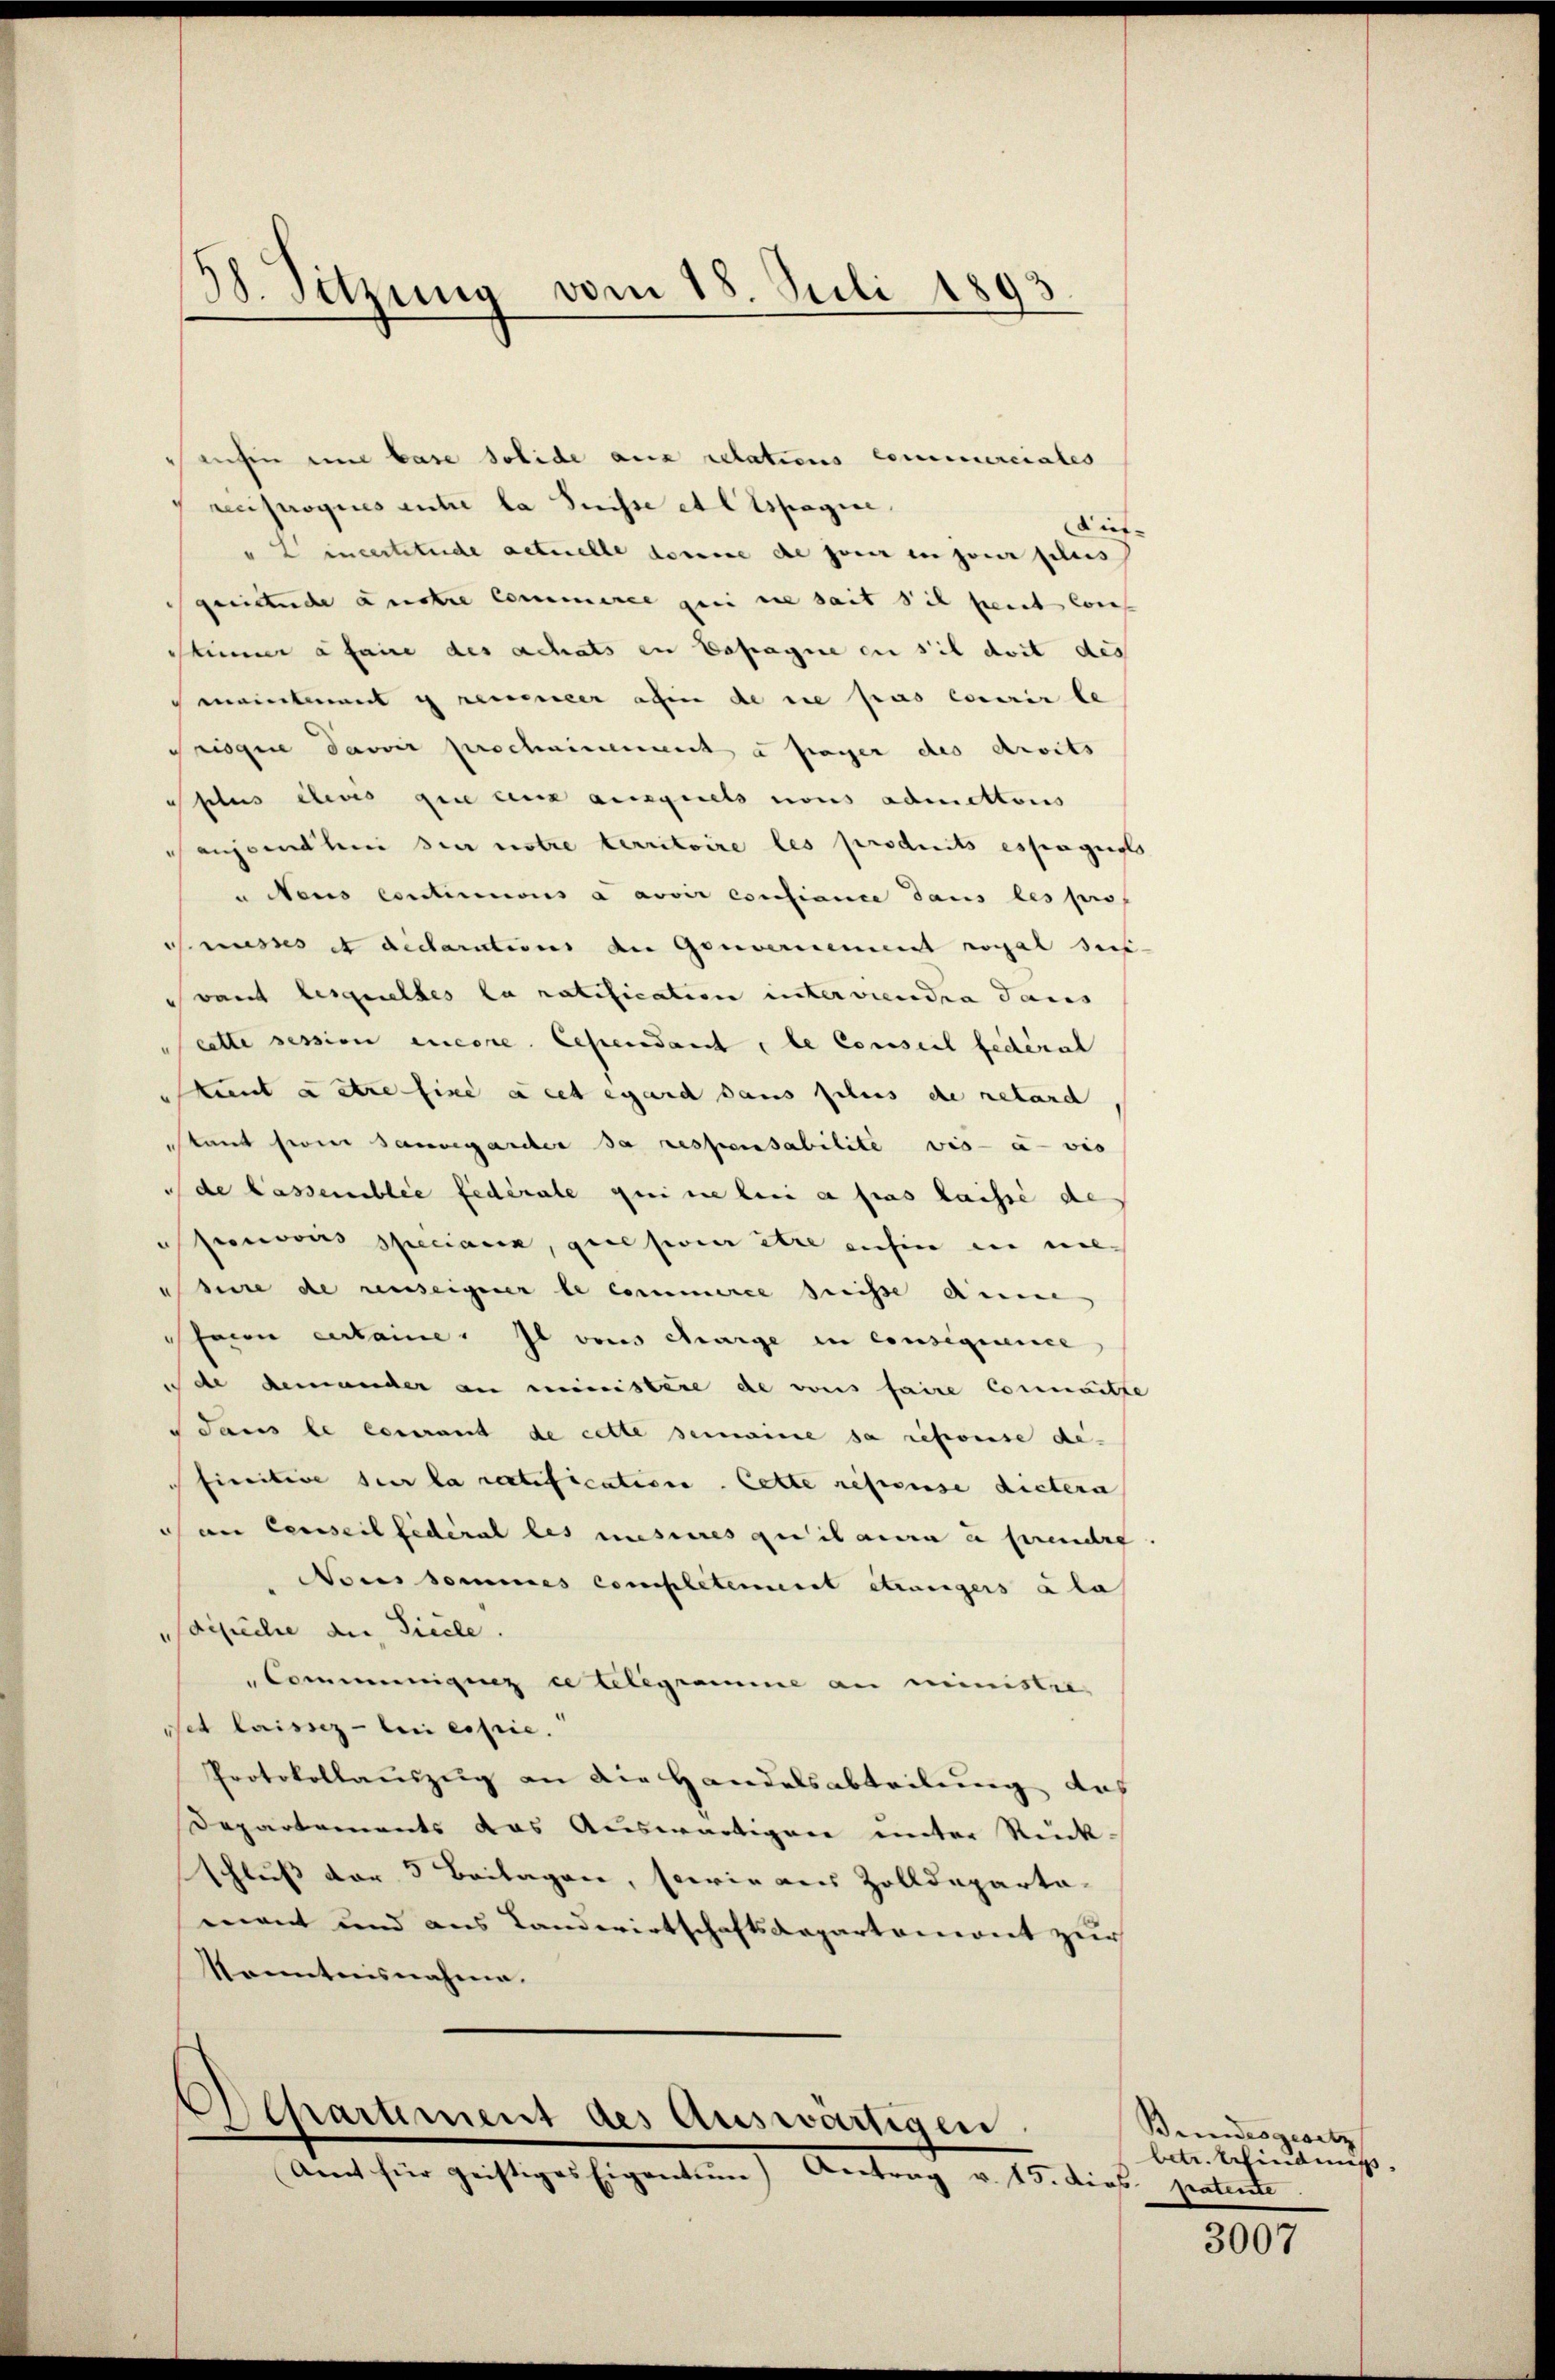
38. Sitzung vom 18. Juli 1893

sanhin eine base solide aux relations commerciales
renproques antre la Suisse et ltspagine.
dit
"Lincertitude actuelle donne die jener in jouir plus
gentuche antre commerer geei sie seit die peut cons
estimmer a faire des achats in Depagnie en sil doit des
maintement y renner ain de die pas courir le
ueigne davoir prochimement à frager des Arits
lus éleves que ceux auxquels nous admettoris
anjemeher den notre territoire les produits espagusts
u Neus continuous a avoir confiance dans les pro
Musses et dictarations an Gouvernement royal des
vant lesquelles la ratification interviendra Janis
cette session encore. Cependant, le Conseil fédéral
kunt astre fine a cet egard dans schens de relarch
stant sein sauvegarter sa respensabilite vis-à-vis
de lassemblée fédérale qui ne lui a pas laissé de
Sporcours speciaux, que soit être anhin in nieadre de auseigerer le commerte heisse diesene
Friu certaine. Il vons charge in consequence
de demander an ministere de vons faire connaitte
 sans le courant de cette semaine sa reporse de
finitive sur la restification. Cette refense dictera
an Censeil fédéral les mesures quitamen u freuere
Nores Sommes completement etwanigers à la
saische der Sicile.
Comminigung ce telegramme an ministie
set laissez - bei essie.
Protokollauszug an die Handelsabteilung des
Departements das Auswärtigen unter Rück-
Schluß der 3 Beilagen, sowie aus Zolldeparta-
mant und aus Landwirtschaftsdepartemont zur
Kenntnisnahme.

Alhartement des Auswärtigen
Amnt für geistiges Eigentum) Antrag v. 15. dies patente

Bundesgesetz
betr. Schiednis.

3007